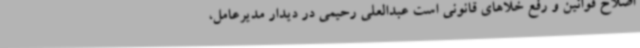
اصلاح قوانین و رفع خلاهای قانونی است عبدالعلی رحیمی در دیدار مدیرعامل،